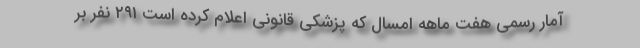
آمار رسمی هفت ماهه امسال که پزشکی قانونی اعلام کرده است ٢٩١ نفر بر